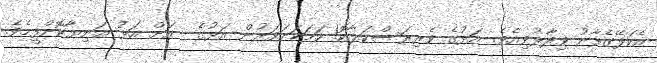
އެކަލޭގެފާނު ވިދާޅުވިއެވެ. އަޅުގެ ވެރިރަސްކަލާކޮ! ހަމަކަށަވަރުން އަޅުގެ  އަށް އަޅު އަނިޔާކޮށްފީމެވެ.